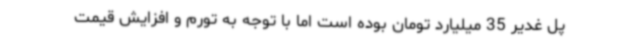
پل غدیر 35 میلیارد تومان بوده است اما با توجه به تورم و افزایش قیمت